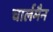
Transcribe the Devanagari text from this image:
चार्लमैन